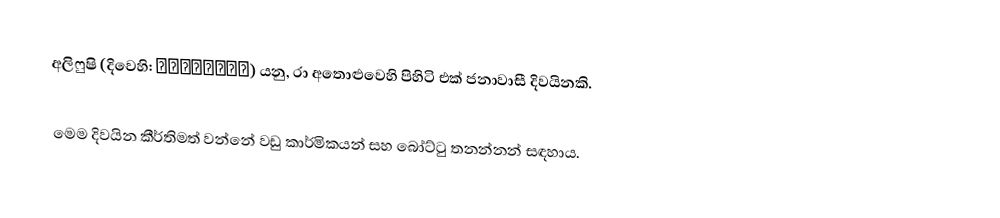
අලිෆුෂි (දිවෙහි: އަލިފުށި) යනු, රා අතොළුවෙහි පිහිටි එක් ජනාවාසී දිවයිනකි.

මෙම දිවයින කීර්තිමත් වන්නේ වඩු කාර්මිකයන් සහ බෝට්ටු තනන්නන් සඳහාය.